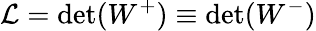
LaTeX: \mathcal{L}=\operatorname*{det}(W^{+})\equiv\operatorname*{det}(W^{-})